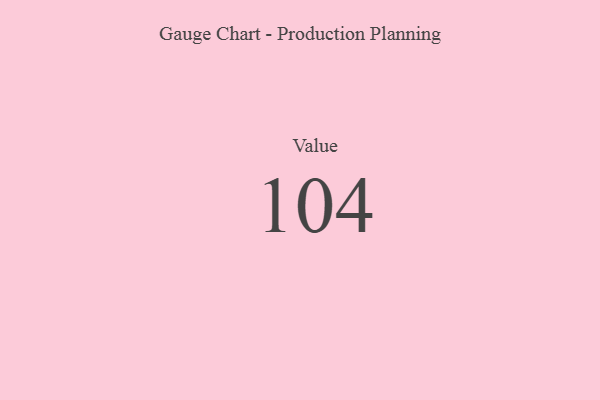
{"axis": {"x": "Metric", "y": "Value"}, "legend": [""], "data": [{"x": "Value", "y": 104, "type": ""}]}